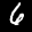
Label: 6